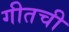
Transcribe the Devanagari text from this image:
गीतची